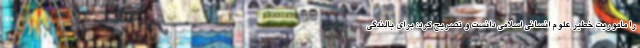
را ماموریت خطیر علوم انسانی اسلامی دانست و تصریح کرد: برای بالندگی